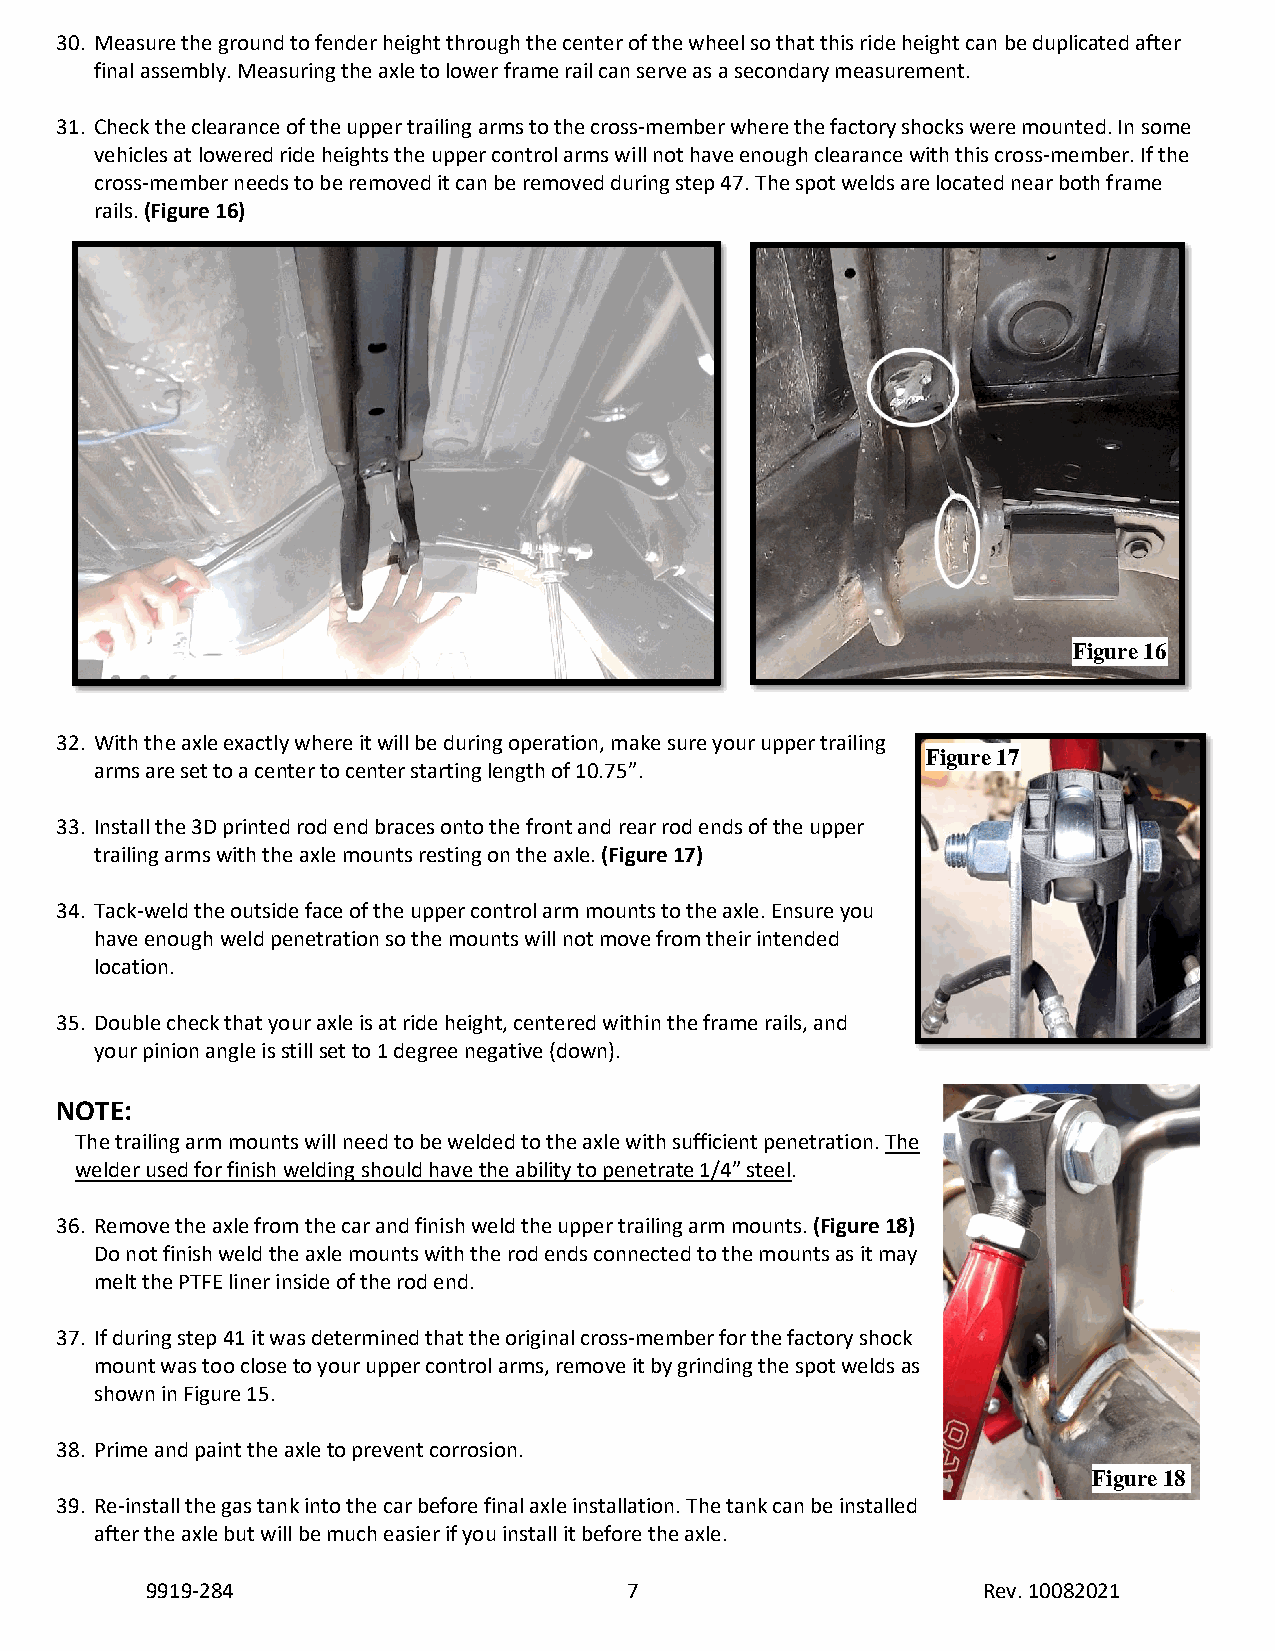
30. Measure the ground to fender height through the center of the wheel so that this ride height can be duplicated after
 final assembly. Measuring the axle to lower frame rail can serve as a secondary measurement.
 31. Check the clearance of the upper trailing arms to the cross-member where the factory shocks were mounted. In some
 vehicles at lowered ride heights the upper control arms will not have enough clearance with this cross-member. If the
 cross-member needs to be removed it can be removed during step 47. The spot welds are located near both frame
 rails. (Figure 16)
 Figure 16
 32. With the axle exactly where it will be during operation, make sure your upper trailing
 Figure 17
 arms are set to a center to center starting length of 10.75”.
 33. Install the 3D printed rod end braces onto the front and rear rod ends of the upper
 trailing arms with the axle mounts resting on the axle. (Figure 17)
 34. Tack-weld the outside face of the upper control arm mounts to the axle. Ensure you
 have enough weld penetration so the mounts will not move from their intended
 location.
 35. Double check that your axle is at ride height, centered within the frame rails, and
 your pinion angle is still set to 1 degree negative (down).
 NOTE:
 The trailing arm mounts will need to be welded to the axle with sufficient penetration. The
 welder used for finish welding should have the ability to penetrate 1/4” steel.
 36. Remove the axle from the car and finish weld the upper trailing arm mounts. (Figure 18)
 Do not finish weld the axle mounts with the rod ends connected to the mounts as it may
 melt the PTFE liner inside of the rod end.
 37. If during step 41 it was determined that the original cross-member for the factory shock
 mount was too close to your upper control arms, remove it by grinding the spot welds as
 shown in Figure 15.
 38. Prime and paint the axle to prevent corrosion.
 Figure 18
 39. Re-install the gas tank into the car before final axle installation. The tank can be installed
 after the axle but will be much easier if you install it before the axle.
 9919-284                        7                      Rev. 10082021